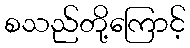
စသည်တို့ကြောင့်